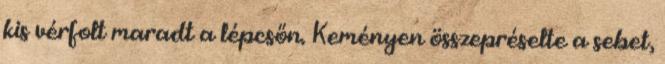
kis vérfolt maradt a lépcsőn. Keményen összepréselte a sebet,